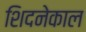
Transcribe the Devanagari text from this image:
शिदनेकाल